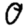
Digit: 0